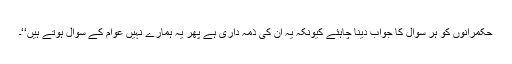
حکمرانوں کو ہر سوال کا جواب دینا چاہئے کیونکہ یہ ان کی ذمہ داری ہے پھر یہ ہمارے نہیں عوام کے سوال ہوتے ہیں‘‘۔